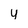
Character: y